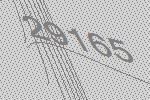
29165